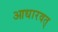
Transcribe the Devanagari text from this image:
आधारवत्